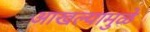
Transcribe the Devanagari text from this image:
आखल्यामुळे